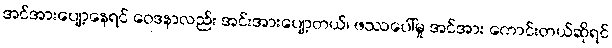
အင်အားပျော့နေရင် ဝေဒနာလည်း အင်းအားပျော့တယ်၊ ဖဿပေါ်မှု အင်အား ကောင်းတယ်ဆိုရင်